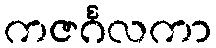
ကဇင်္ဂလကာ